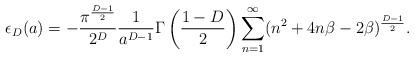
LaTeX: \begin{align*}\epsilon_D(a)=-\frac{\pi^{\frac{D-1}{2}}}{2^D} \frac{1}{a^{D-1}} \Gamma\left(\frac{1-D}{2}\right) \sum_{n=1}^{\infty}(n^2+4n\beta -2\beta)^{\frac{D-1}{2}}.\end{align*}